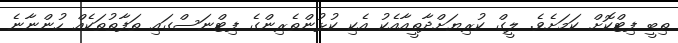
ތިބީ ފިޓްކޮށް ކަމަށެވެ. ލީގް ކުރިޔަށްދާތީއާއެކު އެކި ކުޅުންތެރިންގެ ފިޓްނަސްގައި ތަފާތުތަކެއް ހުންނާނެ